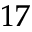
1 7